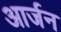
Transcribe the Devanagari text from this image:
आर्जन